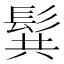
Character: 髸